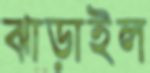
ঝাড়াইল